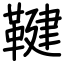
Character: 鞬